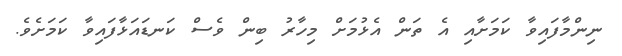
ނިންމާފައިވާ ކަމަށާއި އެ ތަަން އެޅުމަށް މިހާރު ބިން ވެސް ކަނޑައަޅާފައިވާ ކަމަށެވެ.